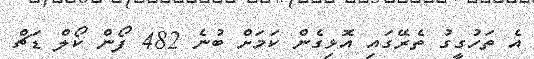
އެ ތަހުގީގު ތެރޭގައި އޮޅިގެން ކަމަށް ބުނެ 482 ފޯން ކޯލް ޑަޗް